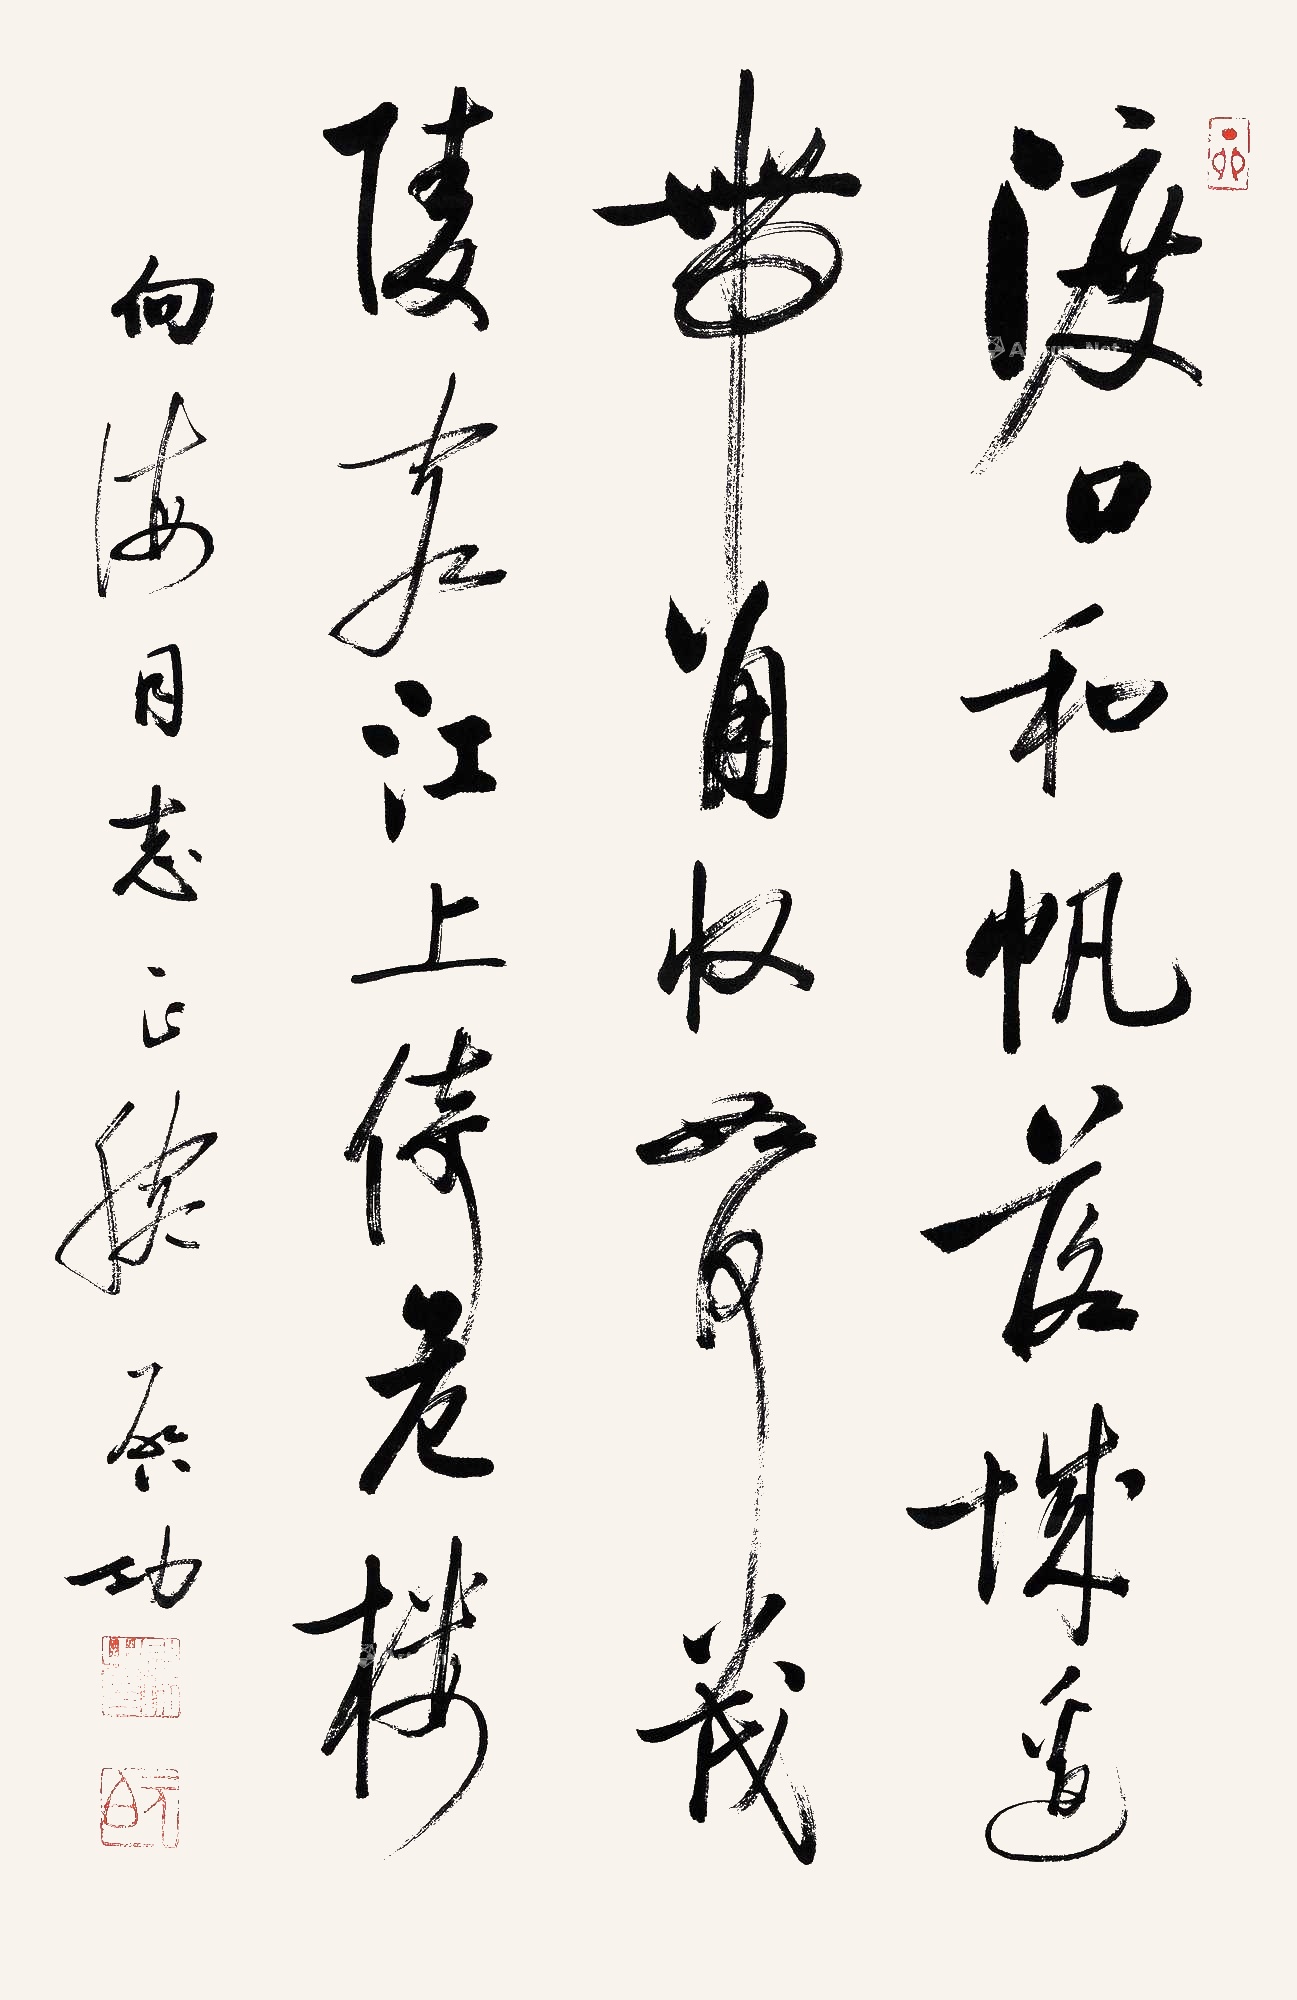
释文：渡口和帆落，城边带角收。如何茂陵客，江上倚危楼。向海同志正腕。启功。